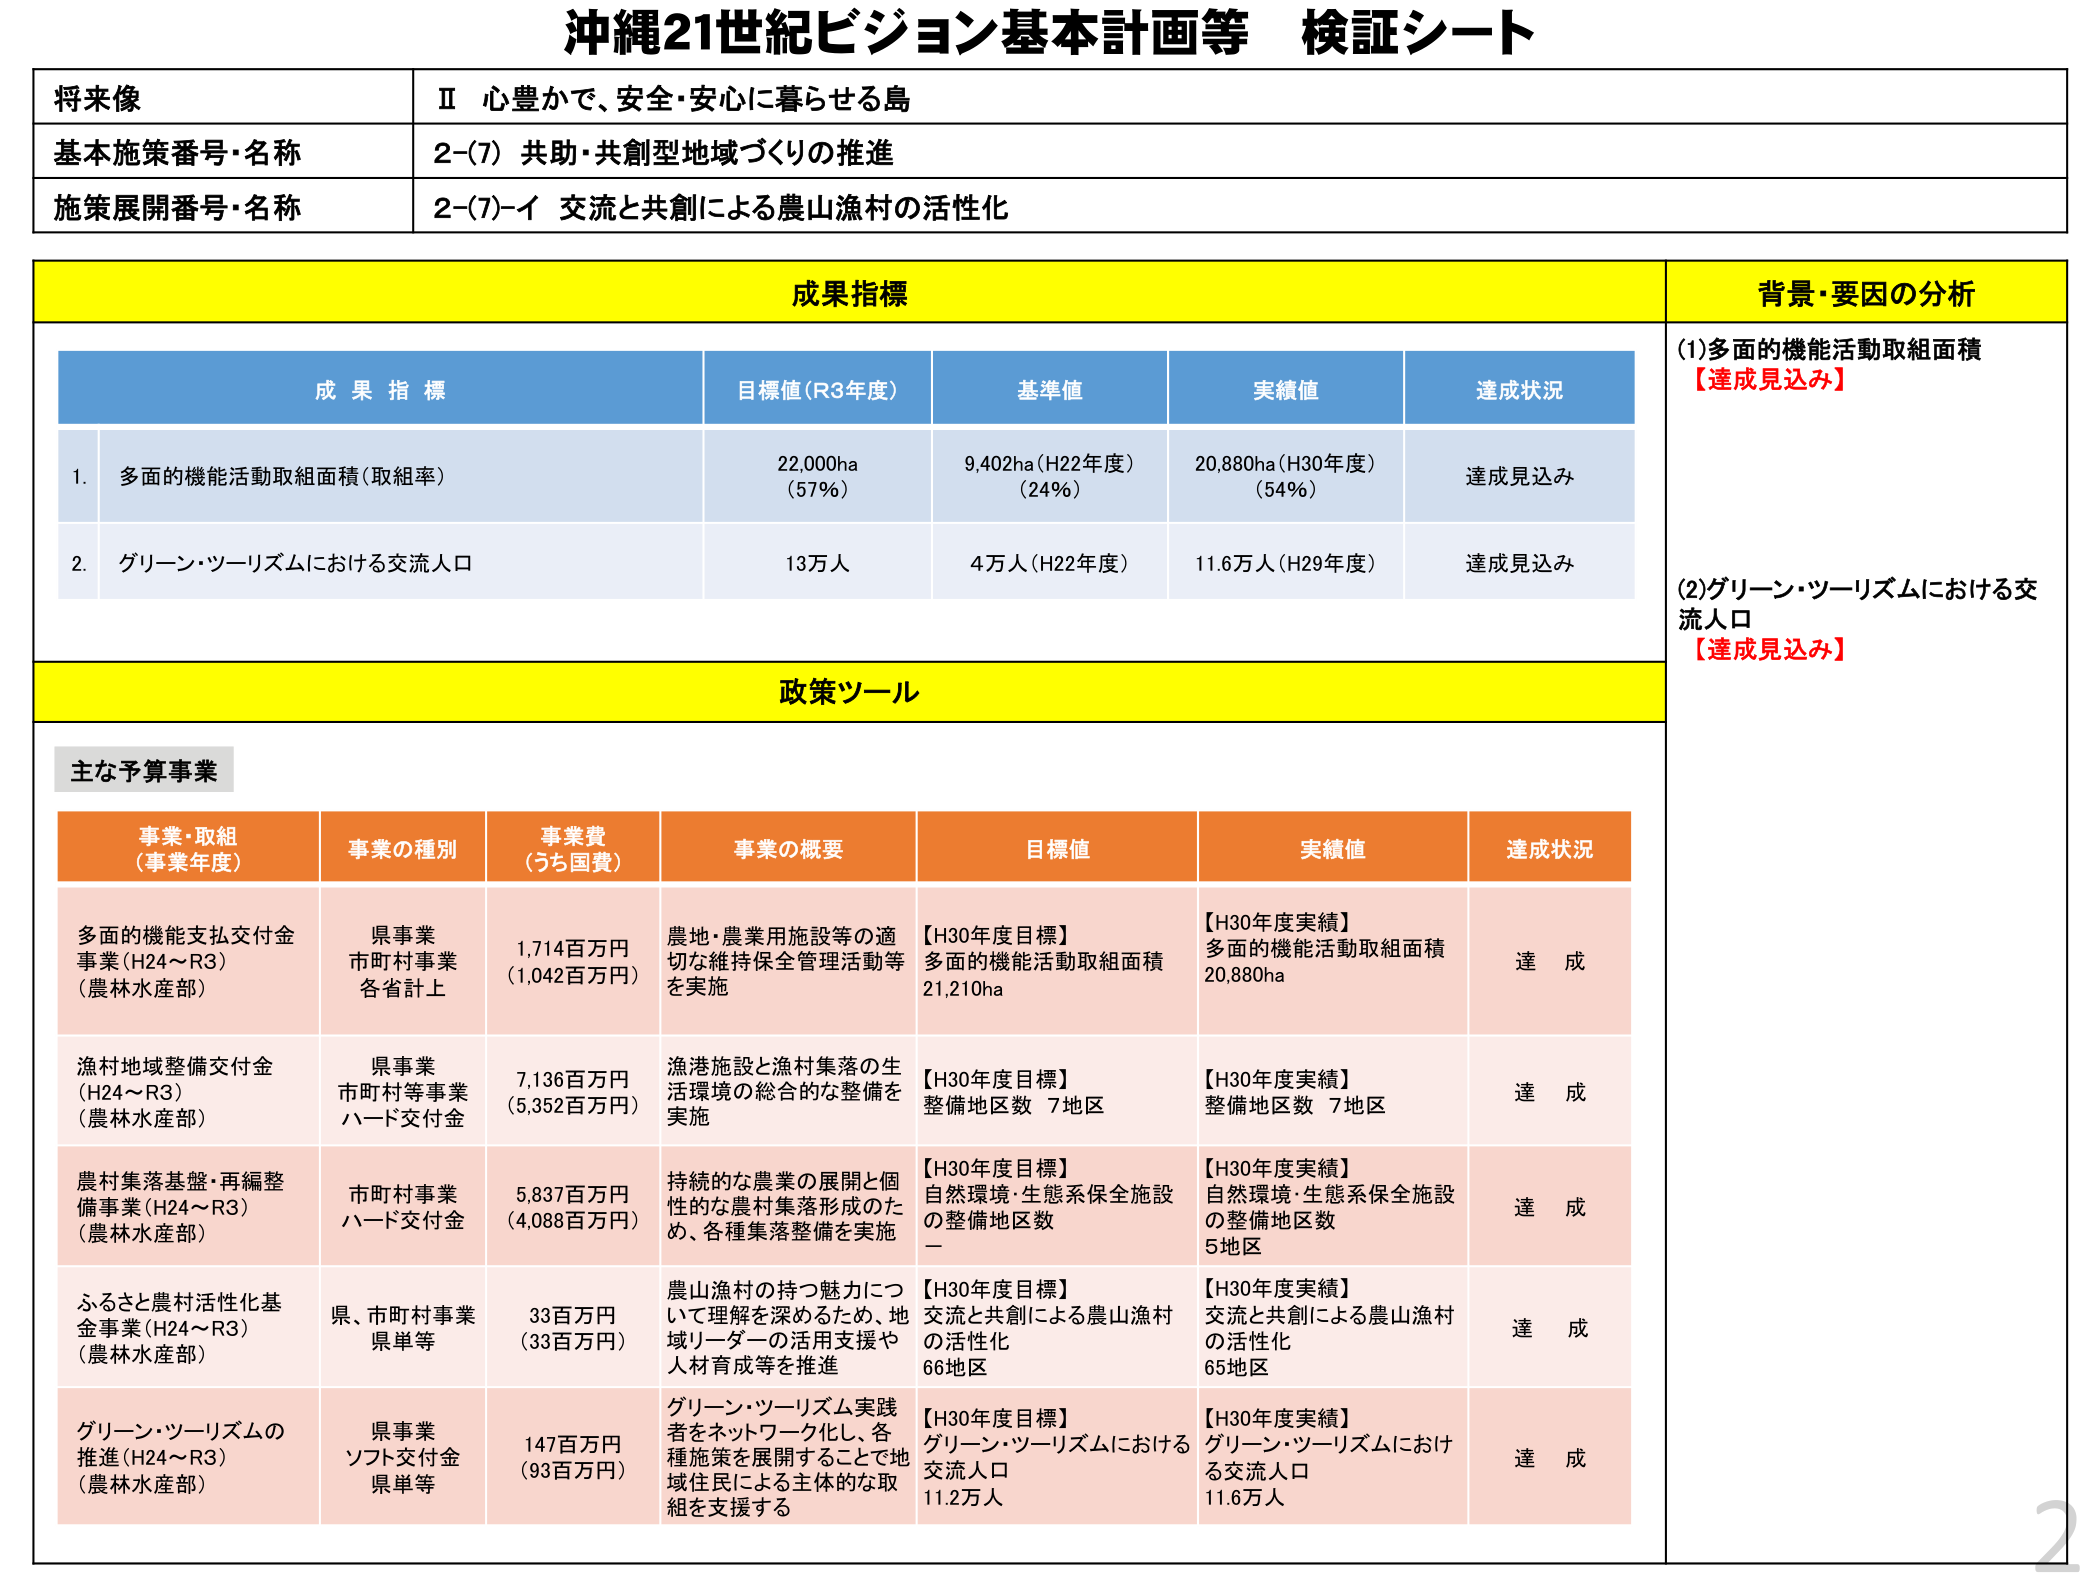
沖縄21世紀ビジョン基本計画等 検証シート

将来像
Ⅱ 心豊かで、安全・安心に暮らせる島

基本施策番号・名称
2-(7) 共助・共創型地域づくりの推進

施策展開番号・名称
2-(7)-イ 交流と共創による農山漁村の活性化

成果指標
背景・要因の分析

成果指標
目標値（R3年度）
基準値
実績値
達成状況

1. 多面的機能活動取組面積（取組率）
22,000ha
（57％）
9,402ha（H22年度）
（24％）
20,880ha（H30年度）
（54％）
達成見込み

2. グリーン・ツーリズムにおける交流人口
13万人
4万人（H22年度）
11.6万人（H29年度）
達成見込み

(1)多面的機能活動取組面積
【達成見込み】

(2)グリーン・ツーリズムにおける交流人口
【達成見込み】

政策ツール

主な予算事業

事業・取組
（事業年度）
事業の種別
事業費
（うち国費）
事業の概要
目標値
実績値
達成状況

多面的機能支払交付金事業（H24～R3）
（農林水産部）
県事業
市町村事業
各省計上
1,714百万円
（1,042百万円）
農地・農業用施設等の適切な維持保全管理活動等を実施
【H30年度目標】
多面的機能活動取組面積
21,210ha
【H30年度実績】
多面的機能活動取組面積
20,880ha
達成

漁村地域整備交付金（H24～R3）
（農林水産部）
県事業
市町村等事業
ハード交付金
7,136百万円
（5,352百万円）
漁港施設と漁村集落の生活環境の総合的な整備を実施
【H30年度目標】
整備地区数 7地区
【H30年度実績】
整備地区数 7地区
達成

農村集落基盤・再編整備事業（H24～R3）
（農林水産部）
市町村事業
ハード交付金
5,837百万円
（4,088百万円）
持続的な農業の展開と個性的な農村集落形成のため、各種集落整備を実施
【H30年度目標】
自然環境・生態系保全施設の整備地区数
－
【H30年度実績】
自然環境・生態系保全施設の整備地区数
5地区
達成

ふるさと農村活性化基金事業（H24～R3）
（農林水産部）
県、市町村事業
県単等
33百万円
（33百万円）
農山漁村の持つ魅力について理解を深めるため、地域リーダーの活用支援や人材育成等を推進
【H30年度目標】
交流と共創による農山漁村の活性化
66地区
【H30年度実績】
交流と共創による農山漁村の活性化
65地区
達成

グリーン・ツーリズムの推進（H24～R3）
（農林水産部）
県事業
ソフト交付金
県単等
147百万円
（93百万円）
グリーン・ツーリズム実践者をネットワーク化し、各種施策を展開することで地域住民による主体的な取組を支援する
【H30年度目標】
グリーン・ツーリズムにおける交流人口
11.2万人
【H30年度実績】
グリーン・ツーリズムにおける交流人口
11.6万人
達成

2